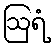
ဩရံ